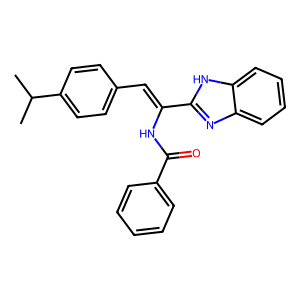
SMILES: CC(C)c1ccc(C=C(NC(=O)c2ccccc2)c2nc3ccccc3[nH]2)cc1
Inhibits HIV replication: No